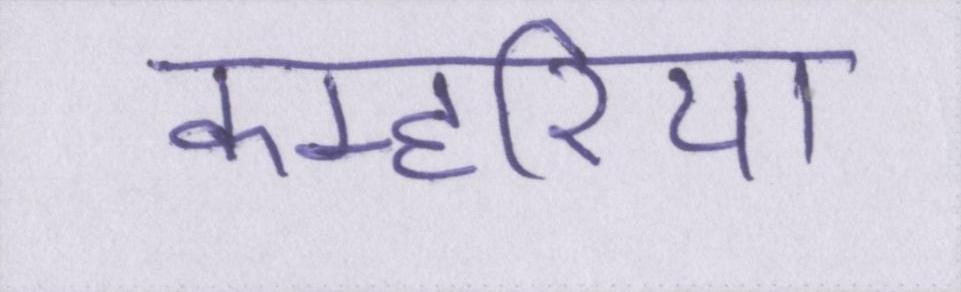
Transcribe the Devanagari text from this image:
कम्हरिया